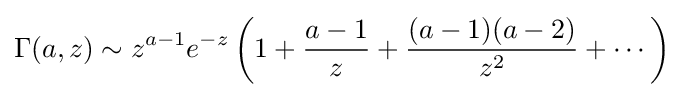
\Gamma (a,z)\sim z^{a-1}e^{-z}\left(1+{\frac {a-1}{z}}+{\frac {(a-1)(a-2)}{z^{2}}}+\cdots \right)